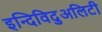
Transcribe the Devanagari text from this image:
इन्दिविदुअलिटी